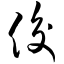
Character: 俊